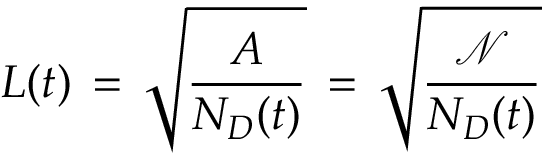
L ( t ) \, = \, \sqrt { \frac { A } { N _ { D } ( t ) } } \, = \, \sqrt { \frac { \mathcal { N } } { N _ { D } ( t ) } }